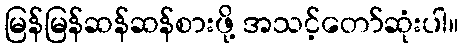
မြန်မြန်ဆန်ဆန်စားဖို့ အသင့်တော်ဆုံးပါ။